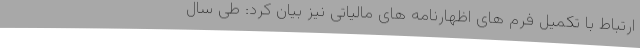
ارتباط با تکمیل فرم های اظهارنامه های مالیاتی نیز بیان کرد: طی سال